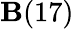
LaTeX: \mathbf{B}(17)